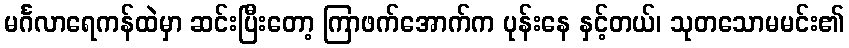
မင်္ဂလာရေကန်ထဲမှာ ဆင်းပြီးတော့ ကြာဖက်အောက်က ပုန်းနေ နှင့်တယ်၊ သုတသောမမင်း၏